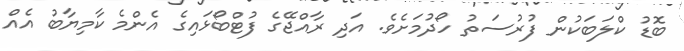
ބޮޑު ކްލަބަކުން ފުރުސަތު ހޯދުމަށެވެ. އަދި ރާއްޖޭގެ ފުޓްބޯޅައިގެ އެންމެ ކާމިޔާބު އެއް